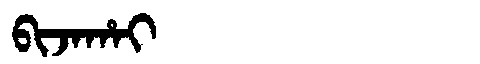
Manchu: ᠪᡳᠵᠠᡥᠠᡳ
Romanization: BIJAHAI